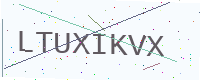
Text: LTUXIKVX